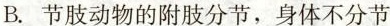
B.节肢动物的附肢分节，身体不分节